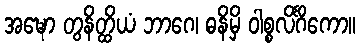
အဍ္ဎော တွနိတ္ထိယံ ဘာဂေ၊ ဓနိမှိ ဝါစ္စလိင်္ဂိကော။